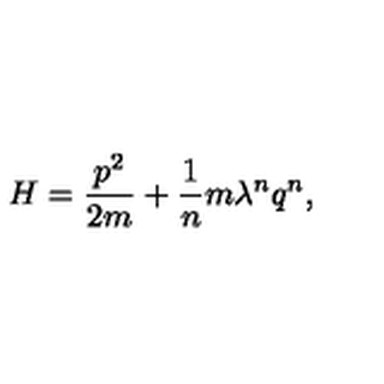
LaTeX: H = \frac { p ^ { 2 } } { 2 m } + \frac { 1 } { n } m \lambda ^ { n } q ^ { n } ,